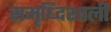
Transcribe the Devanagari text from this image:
समृध्दिशाली